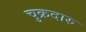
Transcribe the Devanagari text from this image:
चुक्रदारु